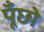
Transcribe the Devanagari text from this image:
पूँछो